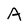
Character: A